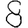
Digit: 8